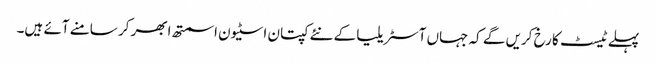
پہلے ٹیسٹ کا رخ کریں گے کہ جہاں آسٹریلیا کے نئے کپتان اسٹیون اسمتھ ابھر کر سامنے آئے ہیں۔